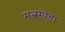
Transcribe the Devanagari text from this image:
मन्नखेड़ा